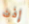
إذن